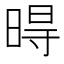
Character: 𣈜